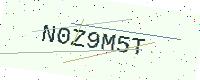
Text: N0Z9M5T